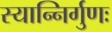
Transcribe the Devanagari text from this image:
स्यान्निर्गुणः